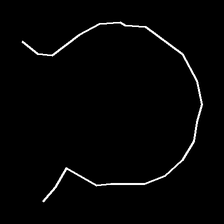
Glyph: weave